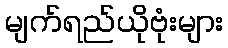
မျက်ရည်ယိုဗုံးများ